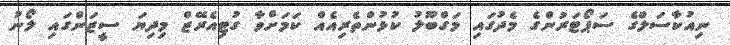
ނިއުކާސަލްގެ ސަޕޯޓަރުންގެ މެދުގައި މަގްބޫލު ކުޅުންތެރިއެއް ކަމަށްވާ ގުޓިއެރޭޒް މިދިޔަ ސީޒަންގައި ލޯނު